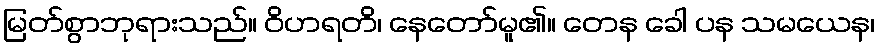
မြတ်စွာဘုရားသည်။ ဝိဟရတိ၊ နေတော်မူ၏။ တေန ခေါ ပန သမယေန၊